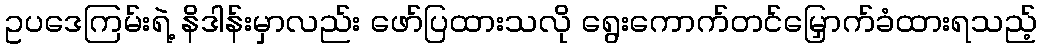
ဥပဒေကြမ်းရဲ့ နိဒါန်းမှာလည်း ဖော်ပြထားသလို ရွေးကောက်တင်မြှောက်ခံထားရသည့်